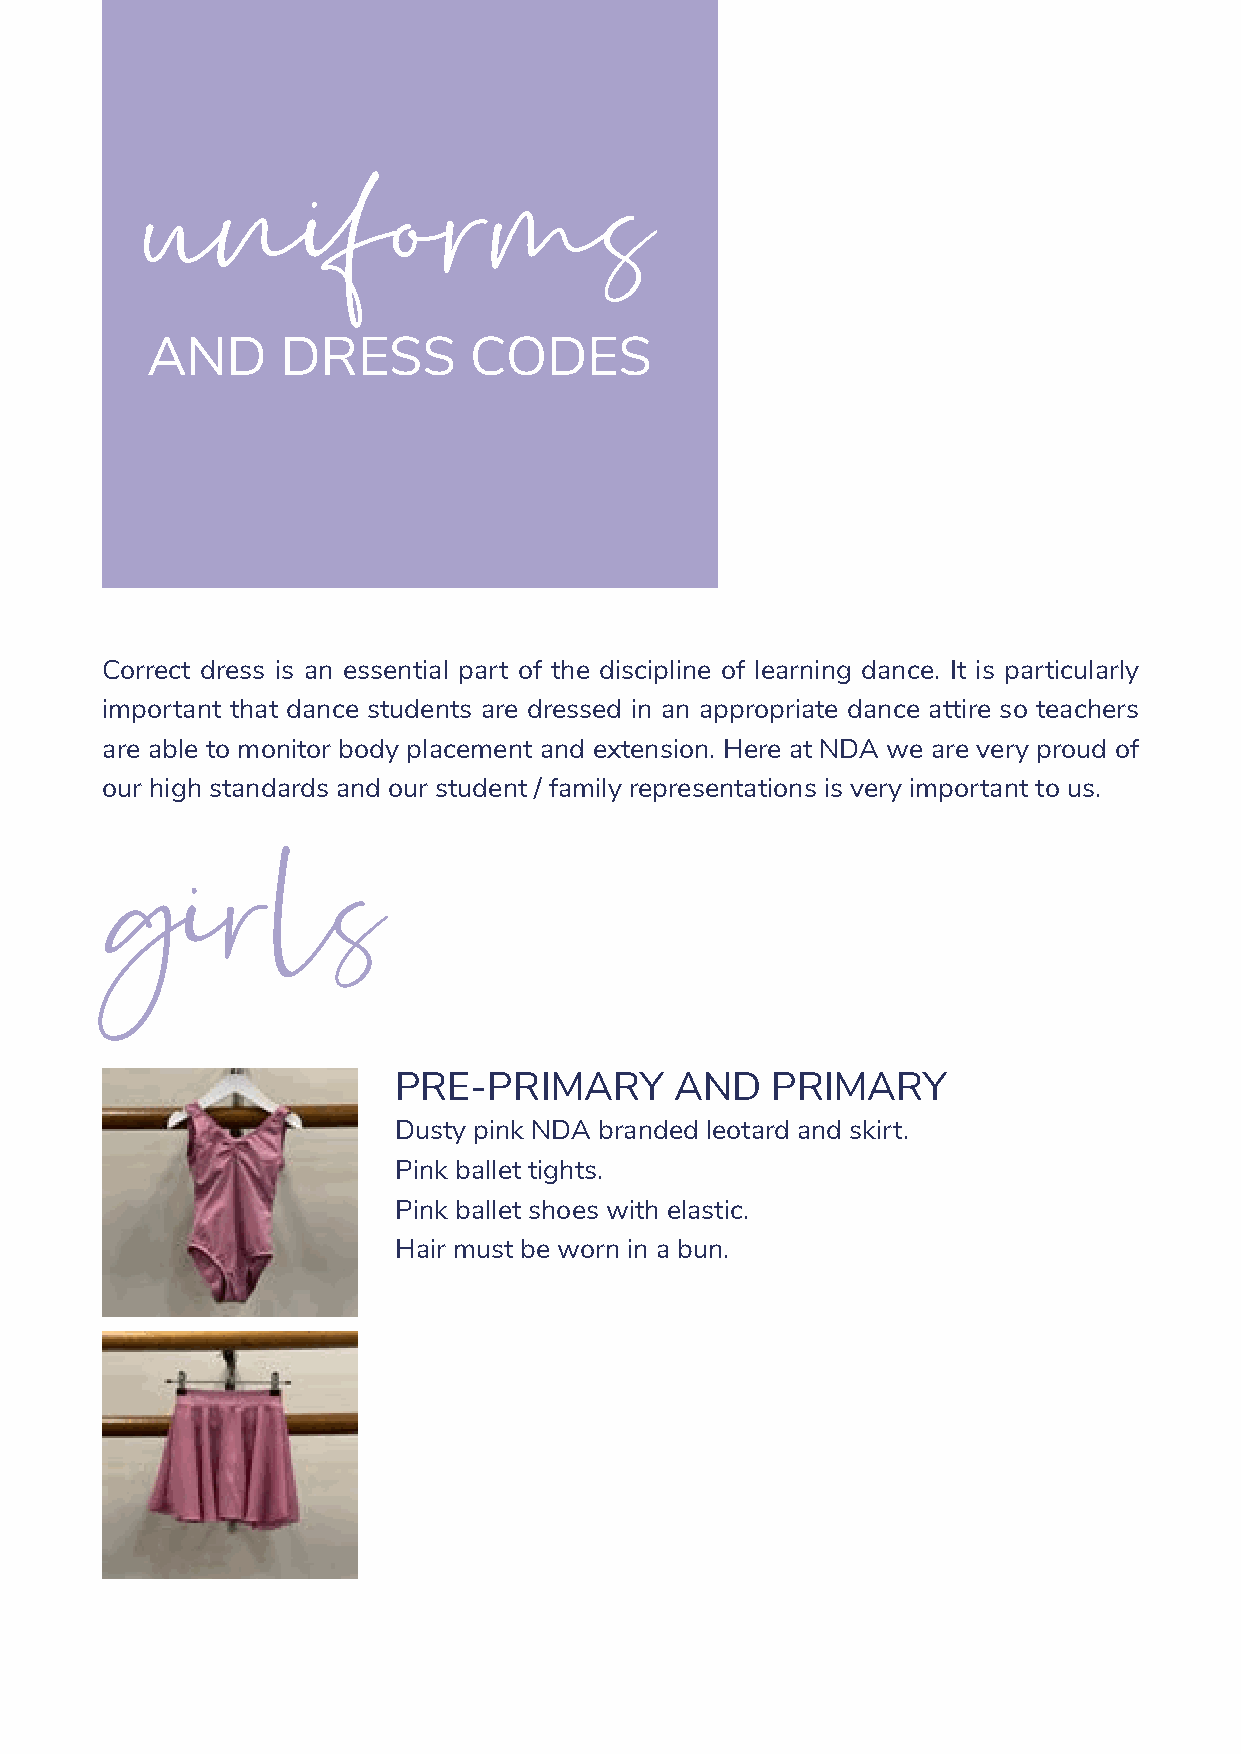
uniforms
 AND      DRESS       CODES
 Correct dress is an essential part of the discipline of learning dance. It is particularly
 important that dance students are dressed in an appropriate dance attire so teachers
 are able to monitor body placement and extension. Here at NDA we are very proud of
 our high standards and our student / family representations is very important to us.
 girls
 PRE-PRIMARY        AND   PRIMARY
 Dusty pink NDA branded leotard and skirt.
 Pink ballet tights.
 Pink ballet shoes with elastic.
 Hair must be worn in a bun.